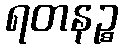
ရတနဉ္စ